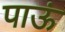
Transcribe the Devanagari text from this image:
पाऊं